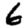
Digit: 6